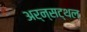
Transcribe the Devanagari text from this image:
अर्न्सट्थल